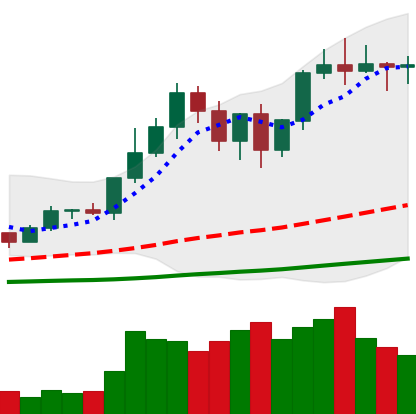
Ticker: LTC-USD
Chart end date: 2020-12-30
Forward return: 19.574%
Label: up_7plus